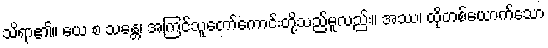
သိရာ၏။ ယေ စ သန္တေ၊ အကြင်သူတော်ကောင်းတို့သည်မူလည်း။ အဿ၊ ထိုတစ်ယောက်သော